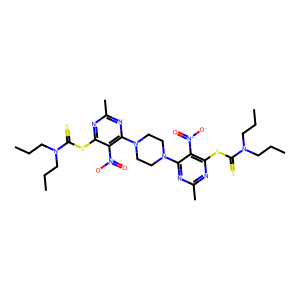
SMILES: CCCN(CCC)C(=S)Sc1nc(C)nc(N2CCN(c3nc(C)nc(SC(=S)N(CCC)CCC)c3[N+](=O)[O-])CC2)c1[N+](=O)[O-]
Inhibits HIV replication: No